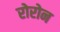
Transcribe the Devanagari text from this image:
रोरोन